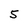
Character: 5